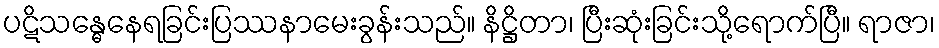
ပဋိသန္ဓေနေရခြင်းပြဿနာမေးခွန်းသည်။ နိဋ္ဌိတာ၊ ပြီးဆုံးခြင်းသို့ရောက်ပြီ။ ရာဇာ၊